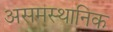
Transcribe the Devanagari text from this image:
असमस्थानिक